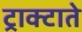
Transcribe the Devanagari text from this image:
ट्राक्टाते